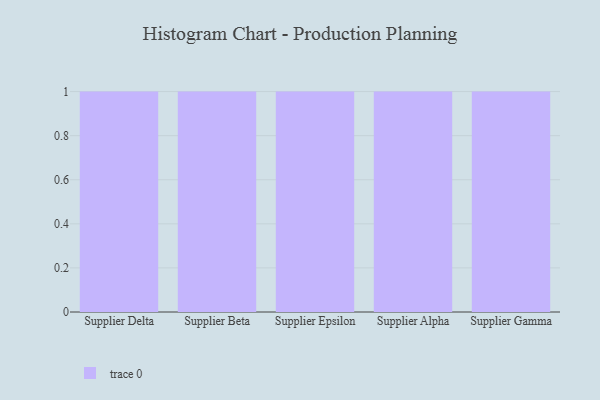
{"axis": {"x": "Supplier", "y": "Operating Costs (USD K)"}, "legend": [""], "data": [{"x": "Supplier Delta", "y": 93, "type": ""}, {"x": "Supplier Beta", "y": 80, "type": ""}, {"x": "Supplier Epsilon", "y": 45, "type": ""}, {"x": "Supplier Alpha", "y": 9, "type": ""}, {"x": "Supplier Gamma", "y": 25, "type": ""}]}